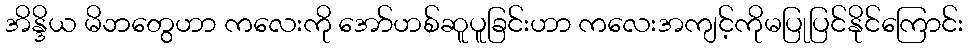
အိန္ဒိယ မိဘတွေဟာ ကလေးကို အော်ဟစ်ဆူပူခြင်းဟာ ကလေးအကျင့်ကိုမပြုပြင်နိုင်ကြောင်း